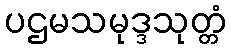
ပဌမသမုဒ္ဒသုတ္တံ